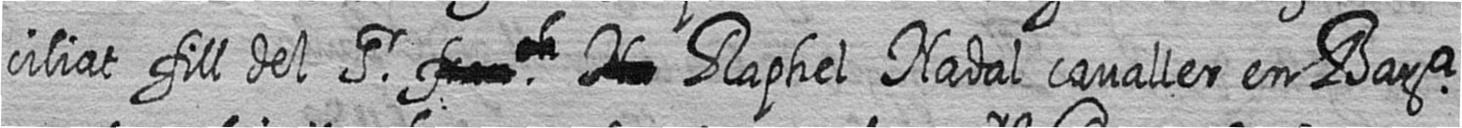
ciliat fill del Sr # # Raphel Nadal cavaller en Bara